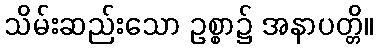
သိမ်းဆည်းသော ဥစ္စာ၌ အနာပတ္တိ။